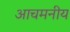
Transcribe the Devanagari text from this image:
आचमनीय